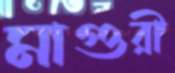
মাগুরী